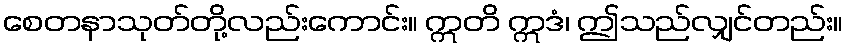
စေတနာသုတ်တို့လည်းကောင်း။ ဣတိ ဣဒံ၊ ဤသည်လျှင်တည်း။